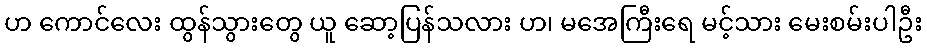
ဟ ကောင်လေး ထွန်သွားတွေ ယူ ဆော့ပြန်သလား ဟ၊ မအေကြီးရေ မင့်သား မေးစမ်းပါဦး